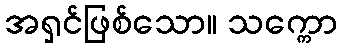
အရှင်ဖြစ်သော။ သက္ကော